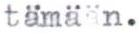
tämään.